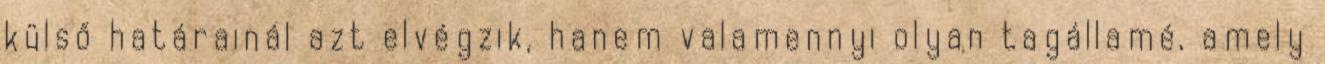
külső határainál azt elvégzik, hanem valamennyi olyan tagállamé, amely